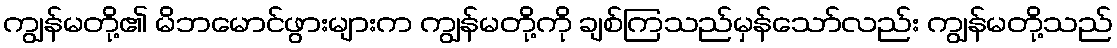
ကျွန်မတို့၏ မိဘမောင်ဖွားများက ကျွန်မတို့ကို ချစ်ကြသည်မှန်သော်လည်း ကျွန်မတို့သည်